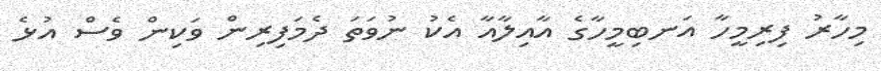
މިހާރު ފިރިމީހާ އަނބިމީހާގެ އާއިލާއާ އެކު ނުވަތަ ދެމަފިރިން ވަކިން ވެސް އުޅެ